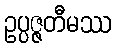
ဥပ္ပဇ္ဇတီမဿ